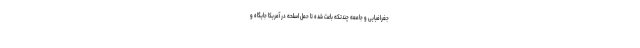
جغرافیایی و جامعه چندتکه باعث شده تا حمل اسلحه در آمریکا جایگاه و